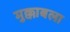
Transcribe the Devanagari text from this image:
मुक्काबला